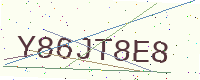
Text: Y86JT8E8